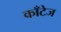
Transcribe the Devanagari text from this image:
काँटेज